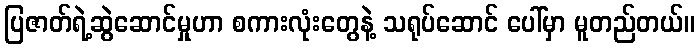
ပြဇာတ်ရဲ့ဆွဲဆောင်မှုဟာ စကားလုံးတွေနဲ့ သရုပ်ဆောင် ပေါ်မှာ မူတည်တယ်။